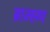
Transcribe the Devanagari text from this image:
ब्राम्ह्ण